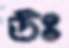
উঃ